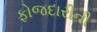
ફોજદારીની